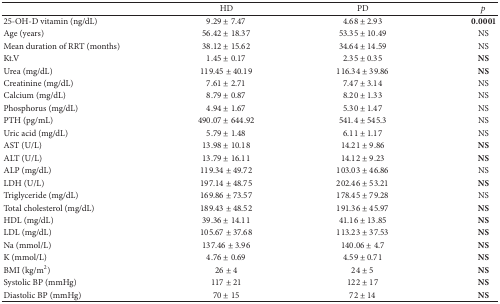
<table><thead><tr><td><b> </b></td><td><b>HD</b></td><td><b>PD</b></td><td><b><i>p</i></b></td></tr></thead><tbody><tr><td>25-OH-D vitamin (ng/dL)</td><td>9.29 ± 7.47</td><td>4.68 ± 2.93</td><td><b>0.0001</b></td></tr><tr><td>Age (years)</td><td>56.42 ± 18.37</td><td>53.35 ± 10.49</td><td>NS</td></tr><tr><td>Mean duration of RRT (months)</td><td>38.12 ± 15.62</td><td>34.64 ± 14.59</td><td>NS</td></tr><tr><td>Kt.V</td><td>1.45 ± 0.17</td><td>2.35 ± 0.35</td><td><b>NS</b></td></tr><tr><td>Urea (mg/dL)</td><td>119.45 ± 40.19</td><td>116.34 ± 39.86</td><td><b>NS</b></td></tr><tr><td>Creatinine (mg/dL)</td><td>7.61 ± 2.71</td><td>7.47 ± 3.14</td><td>NS</td></tr><tr><td>Calcium (mg/dL)</td><td>8.79 ± 0.87</td><td>8.20 ± 1.33</td><td>NS</td></tr><tr><td>Phosphorus (mg/dL)</td><td>4.94 ± 1.67</td><td>5.30 ± 1.47</td><td>NS</td></tr><tr><td>PTH (pg/mL)</td><td>490.07 ± 644.92</td><td>541.4 ± 545.3</td><td>NS</td></tr><tr><td>Uric acid (mg/dL)</td><td>5.79 ± 1.48</td><td>6.11 ± 1.17</td><td>NS</td></tr><tr><td>AST (U/L)</td><td>13.98 ± 10.18</td><td>14.21 ± 9.86</td><td><b>NS</b></td></tr><tr><td>ALT (U/L)</td><td>13.79 ± 16.11</td><td>14.12 ± 9.23</td><td><b>NS</b></td></tr><tr><td>ALP (mg/dL)</td><td>119.34 ± 49.72</td><td>103.03 ± 46.86</td><td>NS</td></tr><tr><td>LDH (U/L)</td><td>197.14 ± 48.75</td><td>202.46 ± 53.21</td><td><b>NS</b></td></tr><tr><td>Triglyceride (mg/dL)</td><td>169.86 ± 73.57</td><td>178.45 ± 79.28</td><td>NS</td></tr><tr><td>Total cholesterol (mg/dL)</td><td>189.43 ± 48.52</td><td>191.36 ± 45.97</td><td><b>NS</b></td></tr><tr><td>HDL (mg/dL)</td><td>39.36 ± 14.11</td><td>41.16 ± 13.85</td><td><b>NS</b></td></tr><tr><td>LDL (mg/dL)</td><td>105.67 ± 37.68</td><td>113.23 ± 37.53</td><td><b>NS</b></td></tr><tr><td>Na (mmol/L)</td><td>137.46 ± 3.96</td><td>140.06 ± 4.7</td><td><b>NS</b></td></tr><tr><td>K (mmol/L)</td><td>4.76 ± 0.69</td><td>4.59 ± 0.71</td><td><b>NS</b></td></tr><tr><td>BMI (kg/m<sup>2</sup>)</td><td>26 ± 4</td><td>24 ± 5</td><td><b>NS</b></td></tr><tr><td>Systolic BP (mmHg)</td><td>117 ± 21</td><td>122 ± 17</td><td><b>NS</b></td></tr><tr><td>Diastolic BP (mmHg)</td><td>70 ± 15</td><td>72 ± 14</td><td><b>NS</b></td></tr></tbody></table>